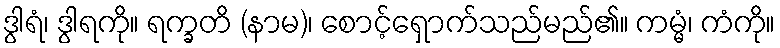
ဒွါရံ၊ ဒွါရကို။ ရက္ခတိ (နာမ)၊ စောင့်ရှောက်သည်မည်၏။ ကမ္မံ၊ ကံကို။